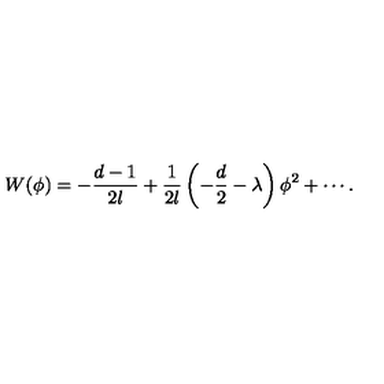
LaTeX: W ( \phi ) = - \frac { d - 1 } { 2 l } + \frac 1 { 2 l } \left( - \frac { d } 2 - \lambda \right) \phi ^ { 2 } + \cdots .